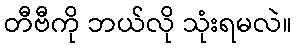
တီဗီကို ဘယ်လို သုံးရမလဲ။